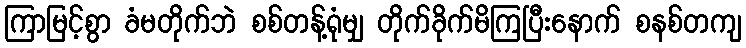
ကြာမြင့်စွာ ခံမတိုက်ဘဲ စစ်တန့်ရုံမျှ တိုက်ခိုက်မိကြပြီးနောက် စနစ်တကျ